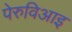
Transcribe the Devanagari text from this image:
पेरुविआइ